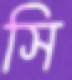
সি